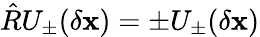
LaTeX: \hat{R}U_{\pm}(\delta\mathbf{x})=\pm U_{\pm}(\delta\mathbf{x})